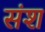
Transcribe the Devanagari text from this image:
संश